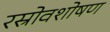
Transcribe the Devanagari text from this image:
रस्रोवशोषण